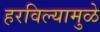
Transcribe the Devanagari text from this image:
हरविल्यामुळे